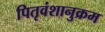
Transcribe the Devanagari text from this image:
पितृवंशानुक्रम